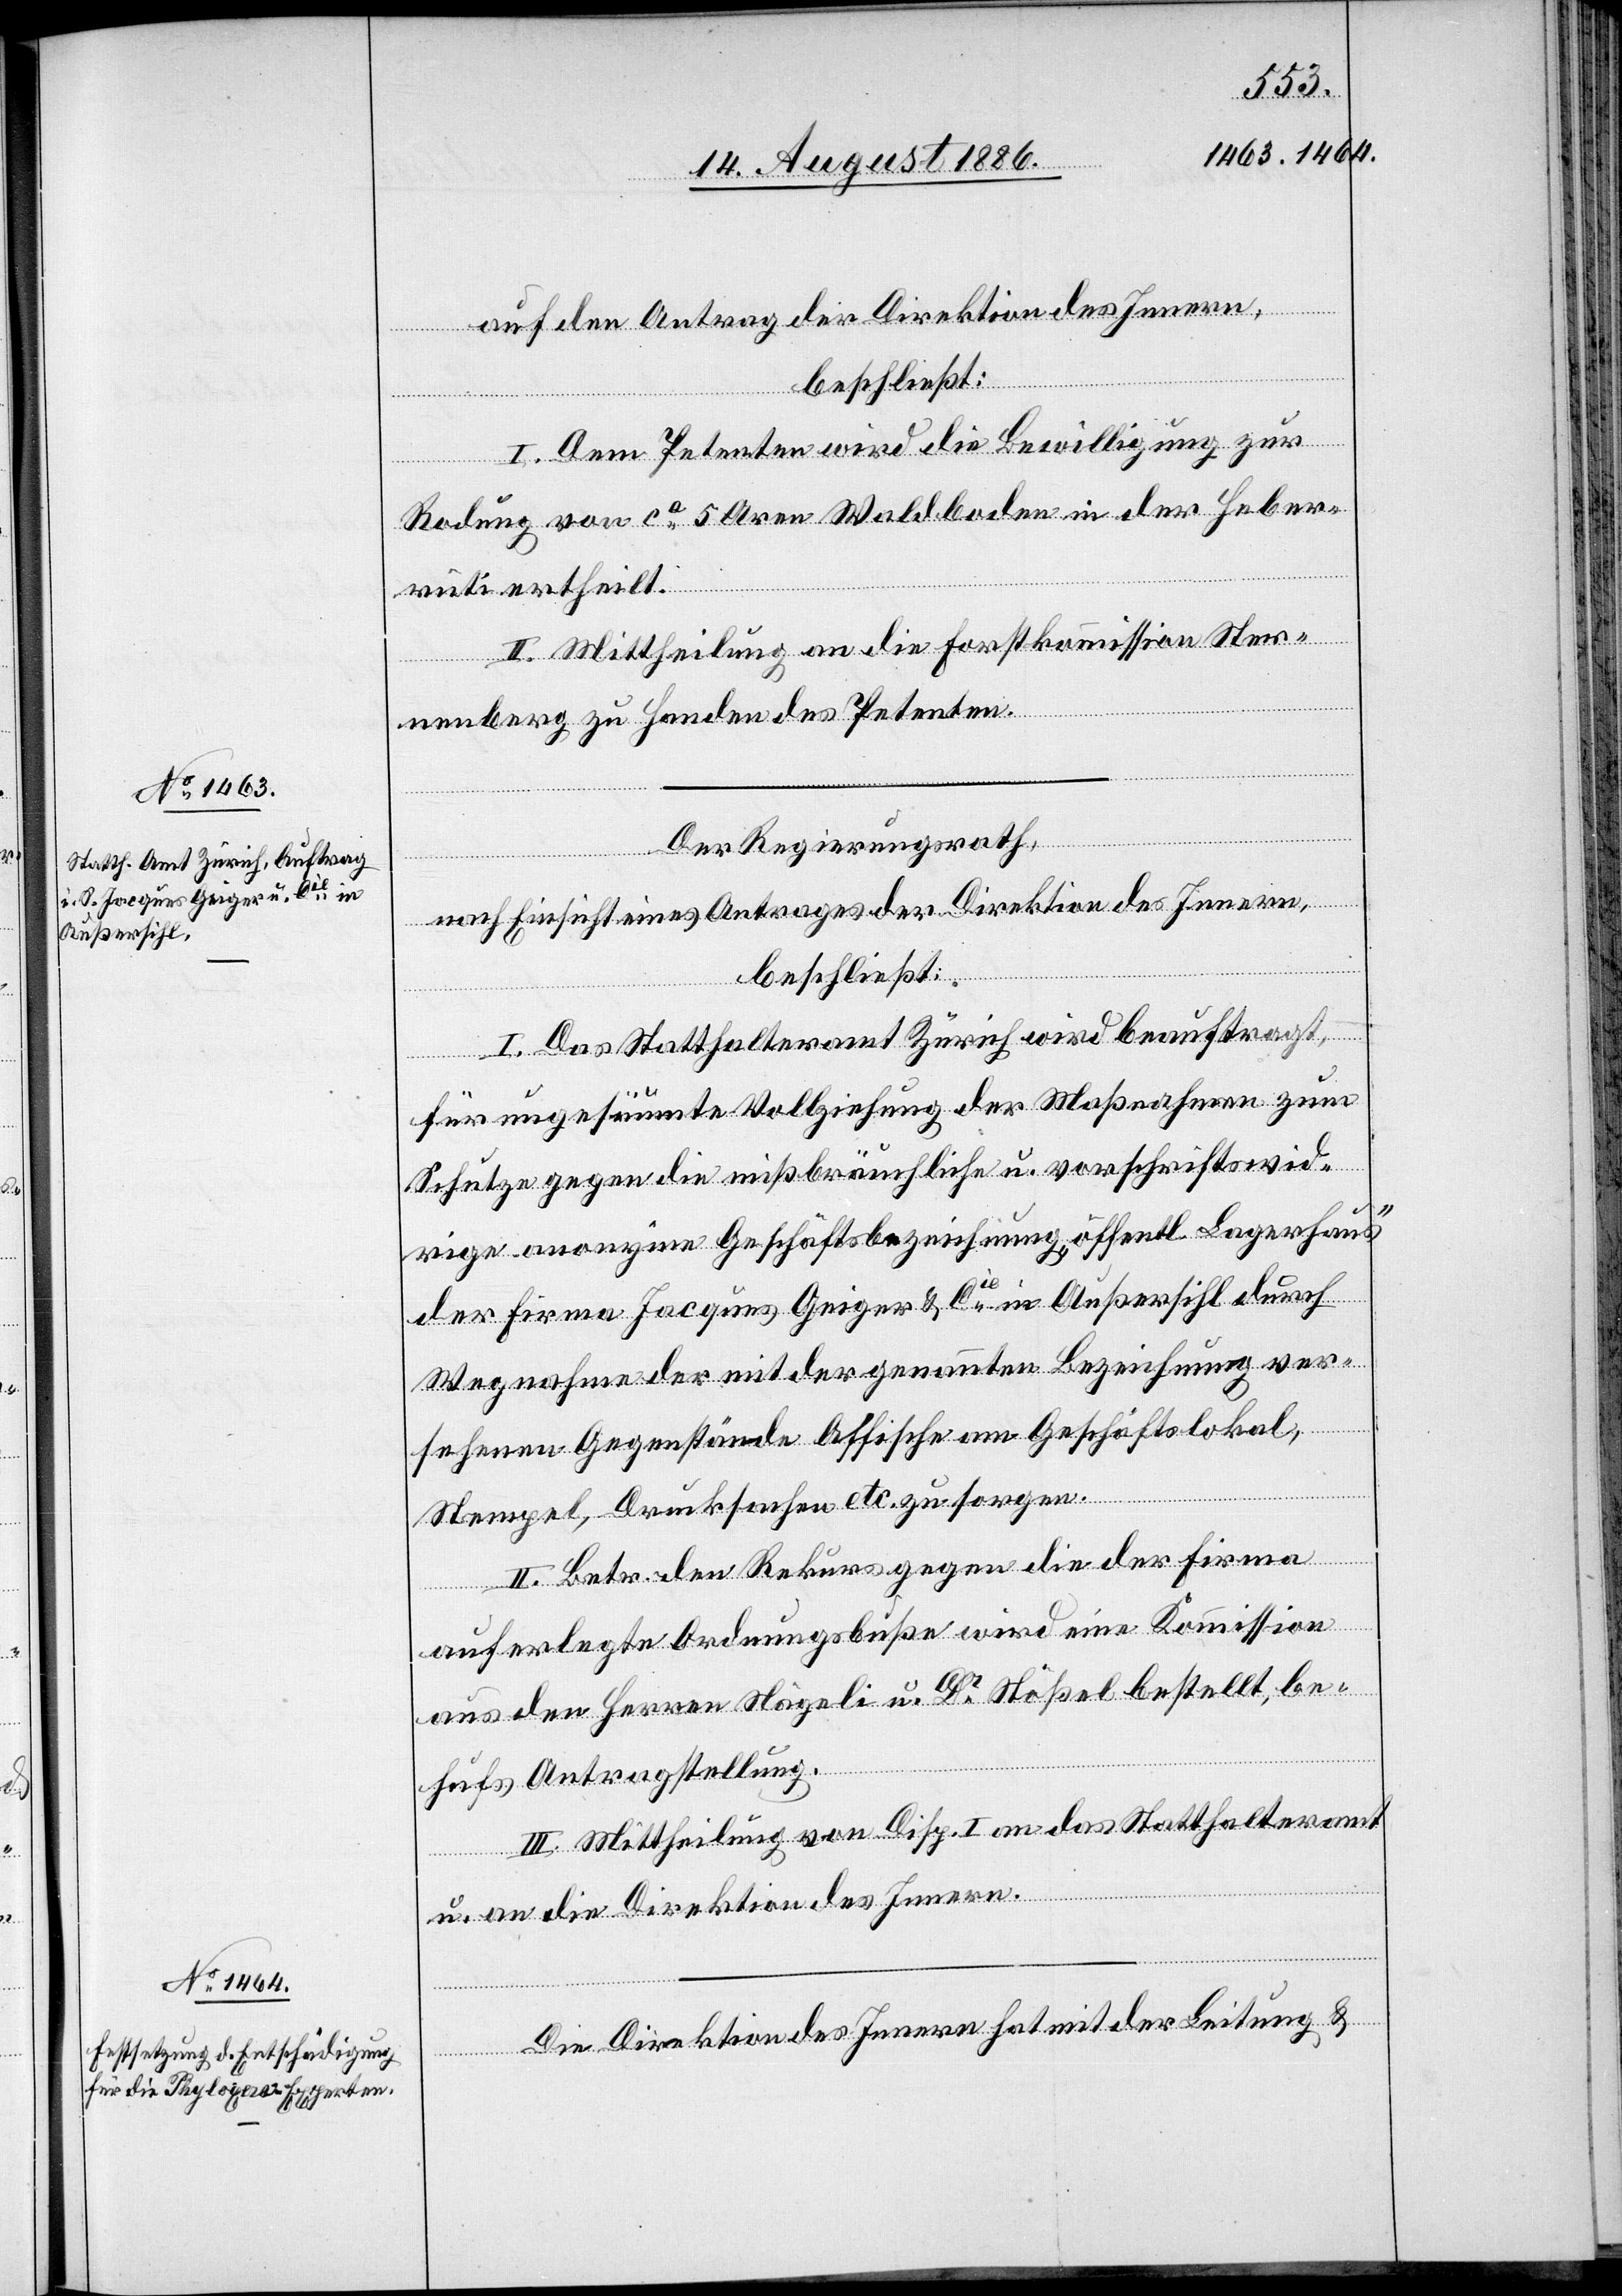
auf den Antrag der Direktion des Innern,
beschließt:
I. Dem Petenten wird die Bewilligung zur
Rodung von ca 5 Aren Waldboden in der Heber¬
rüti ertheilt.
II. Mittheilung an die Forstkommission Ster¬
nenberg zu Handen des Petenten.
Der Regierungsrath,
nach Einsicht eines Antrages der Direktion des Innern,
beschließt:
I. Das Statthalteramt Zürich wird beauftragt,
für ungesäumte Vollziehung der Maßnahme zum
Schutze gegen die mißbräuchliche u. vorschriftswid¬
rige anonyme Geschäftsbezeichnung „öffentl. Lagerhaus“
der Firma Jacques Geiger & Cie in Außersihl durch
Wegnahme der mit der genannten Bezeichnung ver¬
sehenen Gegenstände Affische [sic!] am Geschäftslokal,
Stempel, Drucksachen etc. zu sorgen.
II. Betr. den Rekurs gegen die der Firma
auferlegte Ordnungsbuße wird eine Kommission
aus den Herren Nägeli u. Dr Stößel bestellt, be¬
hufs Antragstellung.
III. Mittheilung von Disp. I an das Statthalteramt
u. an die Direktion des Innern.
Die Direktion des Innern hat mit der Leitung &